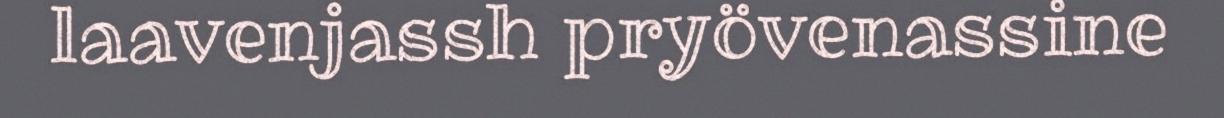
laavenjassh pryövenassine